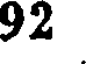
92